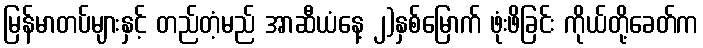
မြန်မာတပ်များနှင့် တည်တံ့မည် အာဆီယံနေ့ ၂)နှစ်မြောက် ဖုံးဖိခြင်း ကိုယ်တို့ခေတ်က